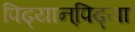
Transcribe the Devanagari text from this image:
पिढ्यान्‌पिढ्या